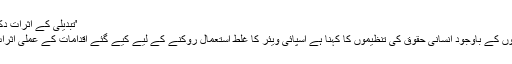
'تبدیلی کے اثرات دکھائی نہیں دے رہے‘
این ایس اے کے دعووں کے باوجود انسانی حقوق کی تنظیموں کا کہنا ہے اسپائی ویئر کا غلط استعمال روکنے کے لیے کیے گئے اقدامات کے عملی اثرات دکھائی نہیں دیتے۔